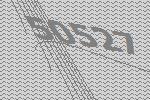
50527